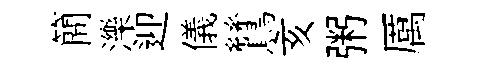
簡濼迎儀鷥亥粥厲